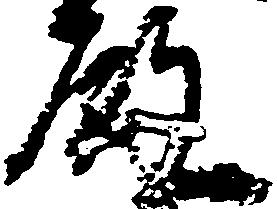
殿